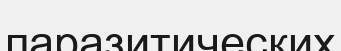
паразитических